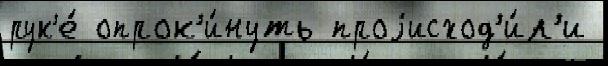
рук'е́ опрок'и́нуть проjисход'и́л'и